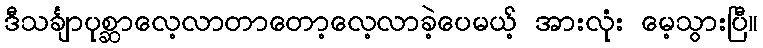
ဒီသင်္ချာပုစ္ဆာလေ့လာတာတော့လေ့လာခဲ့ပေမယ့် အားလုံး မေ့သွားပြီ။